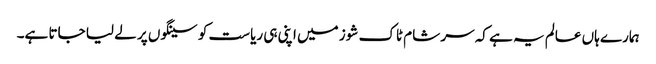
ہمارے ہاں عالم یہ ہے کہ سر شام ٹاک شوز میں اپنی ہی ریاست کو سینگوں پر لے لیا جاتا ہے۔